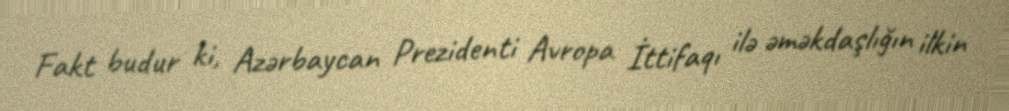
Fakt budur ki, Azərbaycan Prezidenti Avropa İttifaqı ilə əməkdaşlığın ilkin